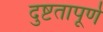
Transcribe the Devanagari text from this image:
दुष्टतापूर्ण